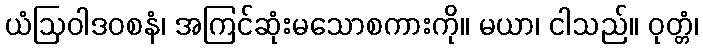
ယံဩဝါဒဝစနံ၊ အကြင်ဆုံးမသောစကားကို။ မယာ၊ ငါသည်။ ဝုတ္တံ၊